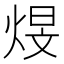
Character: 𪸻